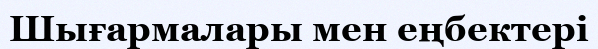
Шығармалары мен еңбектері